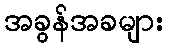
အခွန်အခများ